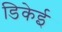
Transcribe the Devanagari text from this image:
डिकेई